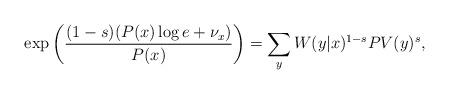
LaTeX: \begin{align*}\exp\left(\frac{(1-s)(P(x) \log e + \nu_x)}{P(x)}\right) = \sum_y W(y|x)^{1-s} PV(y)^s ,\end{align*}